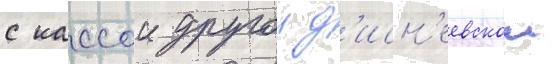
с кассои другои д'исн'еевскои